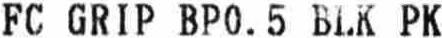
FC GRIP BP0.5 BLK PK